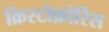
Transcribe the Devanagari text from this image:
क्रिस्टोफ़ोरिस